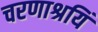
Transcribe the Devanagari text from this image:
चरणाश्रयिं